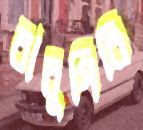
বাবুগিরি